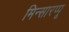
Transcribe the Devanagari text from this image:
मिन्सारप्पू